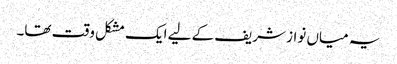
یہ میاں نواز شریف کے لیے ایک مشکل وقت تھا۔